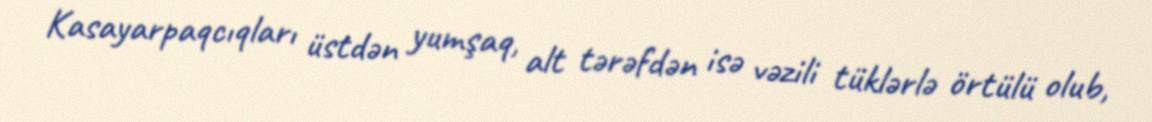
Kasayarpaqcıqları üstdən yumşaq, alt tərəfdən isə vəzili tüklərlə örtülü olub,